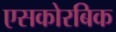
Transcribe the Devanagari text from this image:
एसकोरबिक